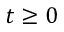
t \ge 0